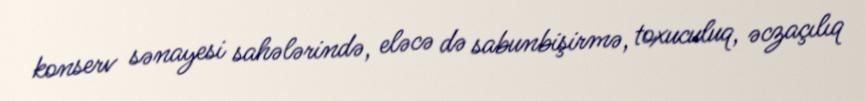
konserv sənayesi sahələrində, eləcə də sabunbişirmə, toxuculuq, əczaçılıq